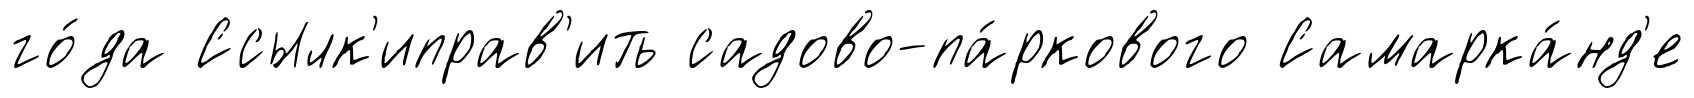
го́да Ссылк'иправ'ить садово-па́ркового Самарка́нд'е